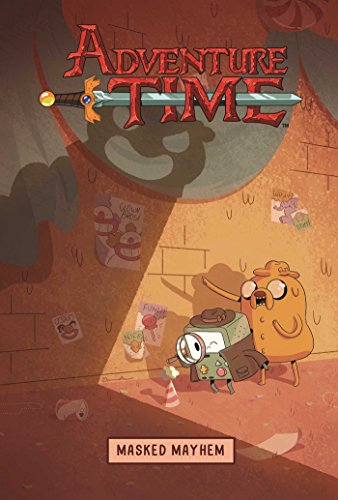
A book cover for Adventure Time: Masked Mayhem; Kate Leth; Children's Books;